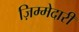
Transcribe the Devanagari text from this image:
ज़िम्मेदारी